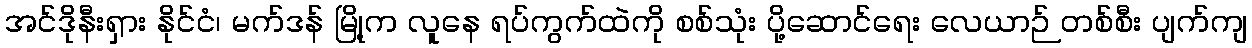
အင်ဒိုနီးရှား နိုင်ငံ၊ မက်ဒန် မြို့က လူနေ ရပ်ကွက်ထဲကို စစ်သုံး ပို့ဆောင်ရေး လေယာဉ် တစ်စီး ပျက်ကျ